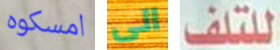
امسكوه الى للتلف